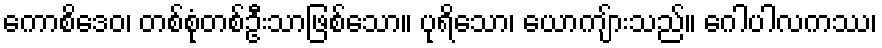
ကောစိဒေဝ၊ တစ်စုံတစ်ဦးသာဖြစ်သော။ ပုရိသော၊ ယောကျ်ားသည်။ ဂေါပါလကဿ၊